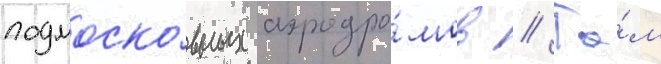
подмоско́вных аэродро́мов // Та́м